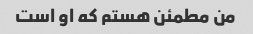
من مطمئن هستم که او است